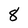
Character: 8